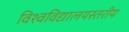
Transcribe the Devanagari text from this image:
विश्वविद्यालयस्तरीय